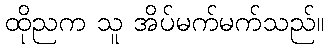
ထိုညက သူ အိပ်မက်မက်သည်။